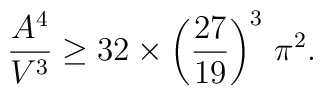
\frac{A^4}{V^3} \ge 32 \times\left(\frac{27}{19}\right)^3\,\pi^2.